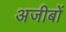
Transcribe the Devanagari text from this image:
अजीबों